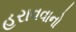
હરાવવાનો